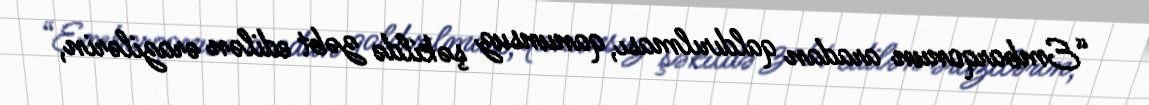
“Embarqonun aradan qaldırılması, qanunsuz şəkildə zəbt edilən ərazilərin,